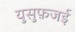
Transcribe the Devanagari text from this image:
युसुफ़जई